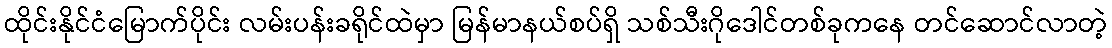
ထိုင်းနိုင်ငံမြောက်ပိုင်း လမ်းပန်းခရိုင်ထဲမှာ မြန်မာနယ်စပ်ရှိ သစ်သီးဂိုဒေါင်တစ်ခုကနေ တင်ဆောင်လာတဲ့